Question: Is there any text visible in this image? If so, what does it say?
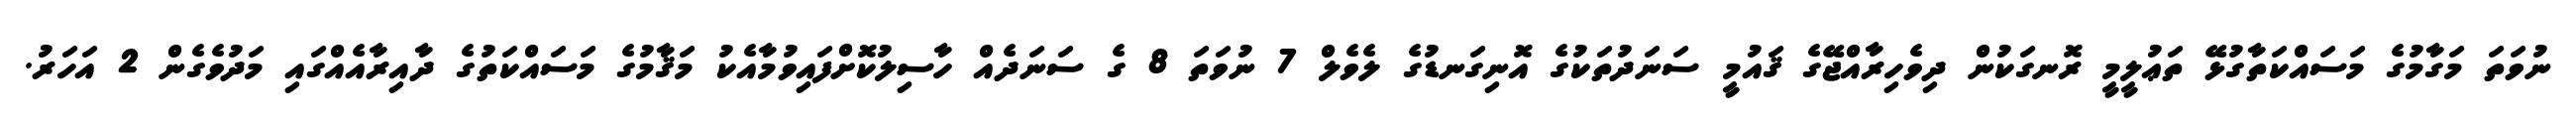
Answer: ނުވަތަ މަގާމުގެ މަސައްކަތާގުޅޭ ތަޢުލީމީ ރޮނގަކުން ދިވެހިރާއްޖޭގެ ޤައުމީ ސަނަދުތަކުގެ އޮނިގަނޑުގެ ލެވެލް 7 ނުވަތަ 8 ގެ ސަނަދެއް ހާސިލުކޮށްފައިވުމާއެކު މަޤާމުގެ މަސައްކަތުގެ ދާއިރާއެއްގައި މަދުވެގެން 2 އަހަރު.